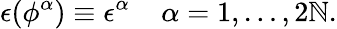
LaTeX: \epsilon(\phi^{\alpha})\equiv\epsilon^{\alpha}\; \; \; \; \alpha=1,\ldots,2\mathbb{N}.